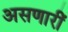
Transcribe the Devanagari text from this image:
असणारीं